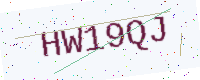
Text: HW19QJ